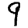
Digit: 9